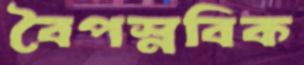
বৈপস্নবিক